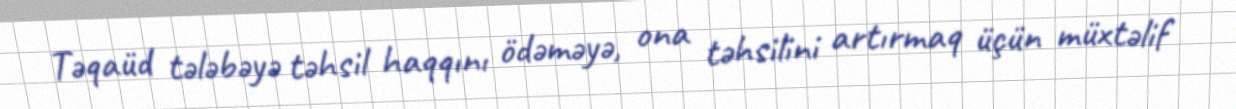
Təqaüd tələbəyə təhsil haqqını ödəməyə, ona təhsilini artırmaq üçün müxtəlif